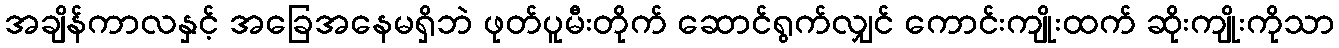
အချိန်ကာလနှင့် အခြေအနေမရှိဘဲ ဖုတ်ပူမီးတိုက် ဆောင်ရွက်လျှင် ကောင်းကျိုးထက် ဆိုးကျိုးကိုသာ